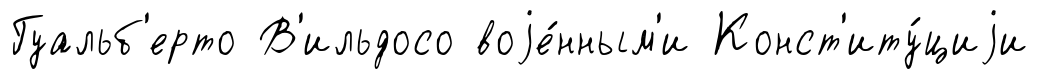
Гуальб'ерто В'ильдосо воjе́нным'и Конст'иту́циjи